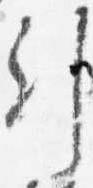
引